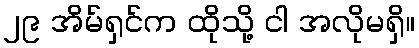
၂၉ အိမ်ရှင်က ထိုသို့ ငါ အလိုမရှိ။